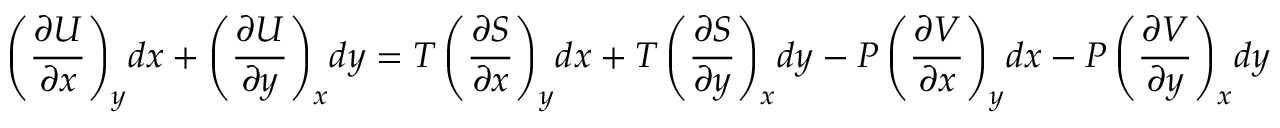
\left( { \frac { \partial U } { \partial x } } \right) _ { y } \! d x + \left( { \frac { \partial U } { \partial y } } \right) _ { x } \! d y = T \left( { \frac { \partial S } { \partial x } } \right) _ { y } \! d x + T \left( { \frac { \partial S } { \partial y } } \right) _ { x } \! d y - P \left( { \frac { \partial V } { \partial x } } \right) _ { y } \! d x - P \left( { \frac { \partial V } { \partial y } } \right) _ { x } \! d y